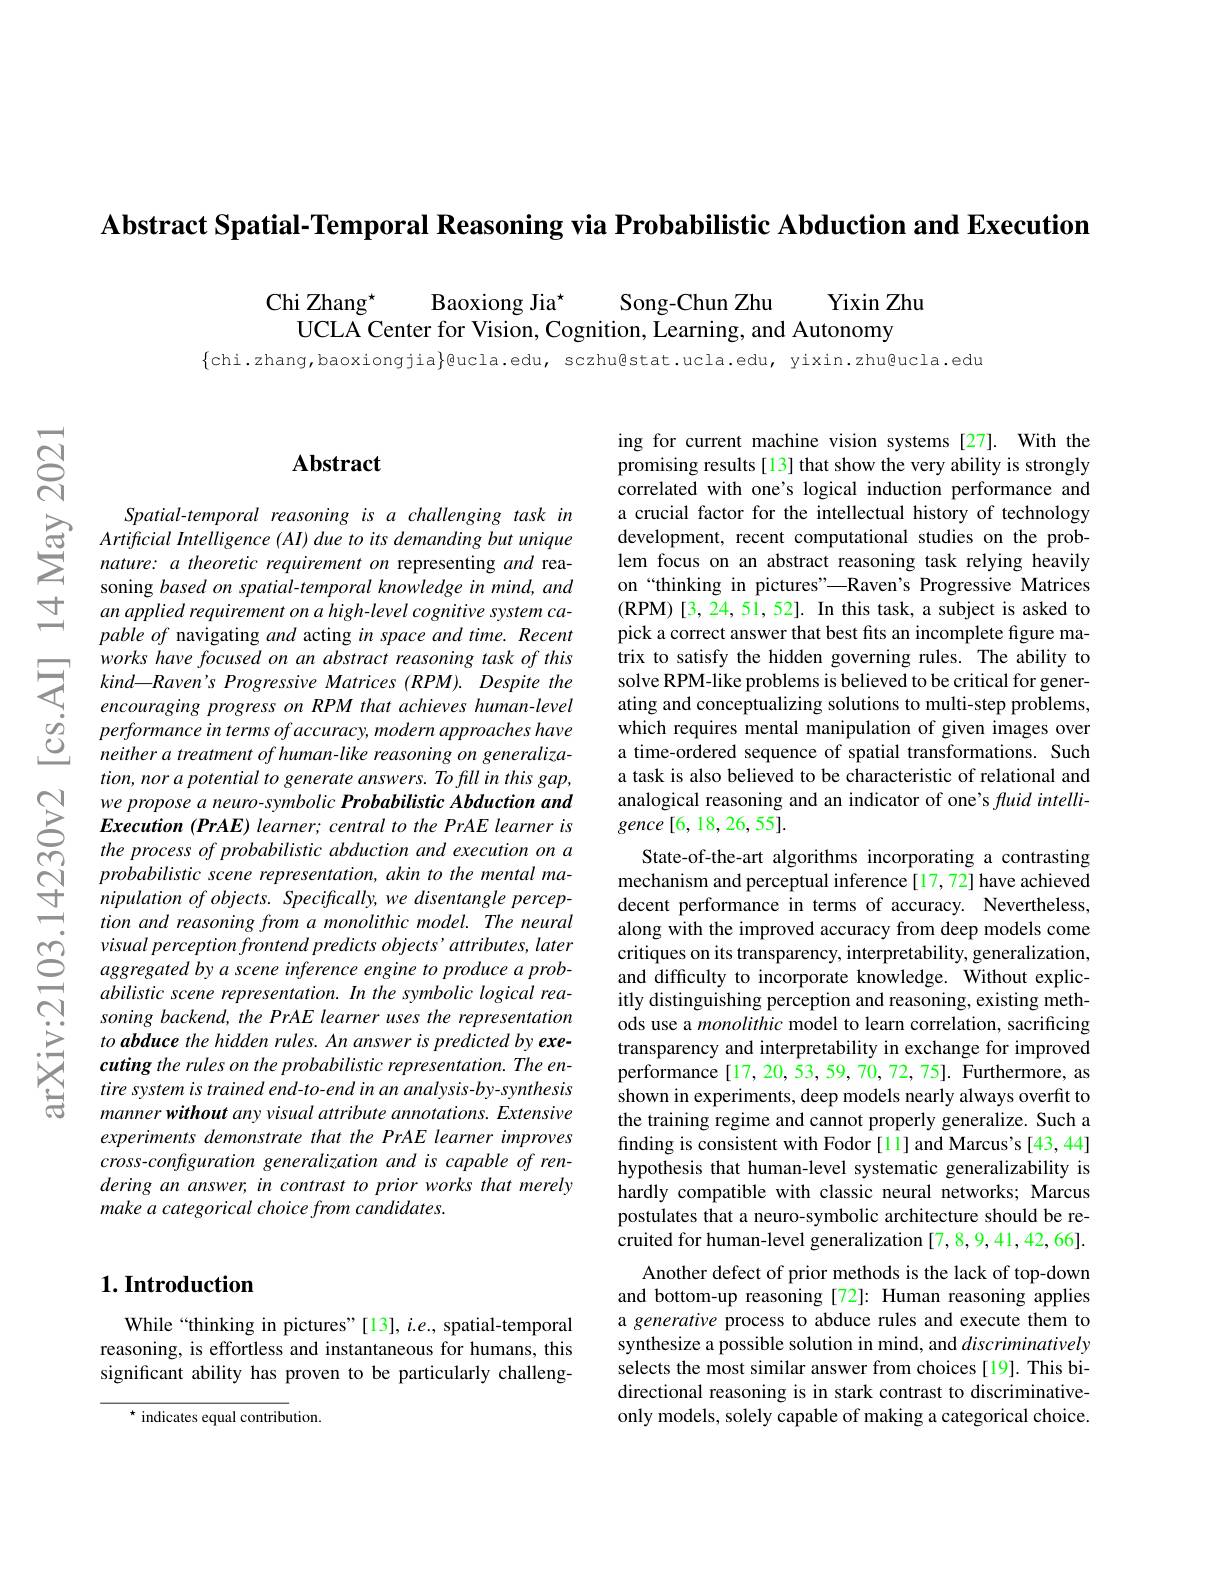
Abstract Spatial-Temporal Reasoning via Probabilistic Abduction and Execution

Chi Zhang$^{\star}$
Song-Chun Zhu
Yixin Zhu
Baoxiong Jia$^{\star}$
UCLA Center for Vision, Cognition, Learning, and Autonomy

$\{$chi.zhang,baoxiongjia}@ucla.edu, sczhu@stat.ucla.edu, yixin.zhu@ucla.edu

$নুর$

## Abstract

Spatial- temporal reasoning is a challenging task in Artificial Intelligence ( AI) due to its demanding but unique nature: a theoretic requirement on representing and rea-
soning based on spatial-temporal knowledge in mind, and an applied requirement on a high-level cognitive system capable of navigating and acting in space and time. Recent works have focused on an abstract reasoning task of this $kind\_ Raven^{\prime }s\textit{ Progressive Matrices ( RPM) . Despite the}$ encouraging progress on RPM that achieves human-level performance in terms of accuracy, modern approaches have neither a treatment of human- like reasoning on generalization, nor a potential to generate answers. To fill in this gap, we propose a neuro-symbolic Probabilistic Abduction and $Execution( PrAE) \textit{learner; central to the PrAE learner is}$ the process of probabilistic abduction and execution on a probabilistic scene representation, akin to the mental manipulation of objects. Specifically, we disentangle perception and reasoning from a monolithic model. The neural visual perception frontend predicts objects'attributes, later aggregated by a scene inference engine to produce a probabilistic scene representation. In the symbolic logical reasoning backend, the PrAE learner uses the representation to abduce the hidden rules. An answer is predicted by executing the rules on the probabilistic representation. The entire system is trained end-to-end in an analysis-by-synthesis manner without any visual attribute annotations. Extensive experiments demonstrate that the PrAE learner improves cross-configuration generalization and is capable of rendering an answer, in contrast to prior works that merely make a categorical choice from candidates.

## $1. \textbf{Introduction}$

While“thinking in pictures”[13], i.e., spatial-temporal reasoning, is effortless and instantaneous for humans, this significant ability has proven to be particularly challeng-

$^{\star}$ indicates equal contribution

ing for current machine vision systems [27]. With the promising results[13] that show the very ability is strongly correlated with one's logical induction performance and a crucial factor for the intellectual history of technology development, recent computational studies on the problem focus on an abstract reasoning task relying heavily on“thinking in pictures”—Raven's Progressive Matrices $(\mathbf{RPM})[3,24,51,52].$ In this task, a subject is asked to pick a correct answer that best fits an incomplete figure matrix to satisfy the hidden governing rules. The ability to solve RPM-like problems is believed to be critical for generating and conceptualizing solutions to multi-step problems, which requires mental manipulation of given images over a time-ordered sequence of spatial transformations. Such a task is also believed to be characteristic of relational and analogical reasoning and an indicator of one's fluid intelligence[6,18,26,55].
State-of-the-art algorithms incorporating a contrasting mechanism and perceptual inference [17,72] have achieved decent performance in terms of accuracy. Nevertheless, along with the improved accuracy from deep models come critiques on its transparency, interpretability, generalization, and difficulty to incorporate knowledge. Without explicitly distinguishing perception and reasoning, existing methods use a monolithic model to learn correlation, sacrificing transparency and interpretability in exchange for improved performance [17, 20, 53, 59, 70, 72, 75]. Furthermore, as shown in experiments, deep models nearly always overfit to the training regime and cannot properly generalize. Such a finding is consistent with Fodor [11] and Marcus's [43, 44] hypothesis that human-level systematic generalizability is hardly compatible with classic neural networks; Marcus postulates that a neuro-symbolic architecture should be recruited for human-level generalization [7,8,9,41,42,66].
Another defect of prior methods is the lack of top-down and bottom-up reasoning [72]: Human reasoning applies a generative process to abduce rules and execute them to synthesize a possible solution in mind, and discriminatively selects the most similar answer from choices[19]. This bidirectional reasoning is in stark contrast to discriminativeonly models, solely capable of making a categorical choice.